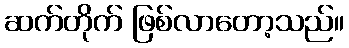
ဆက်တိုက် ဖြစ်လာတော့သည်။